Scottish Leaving Certificate Examination, 1954
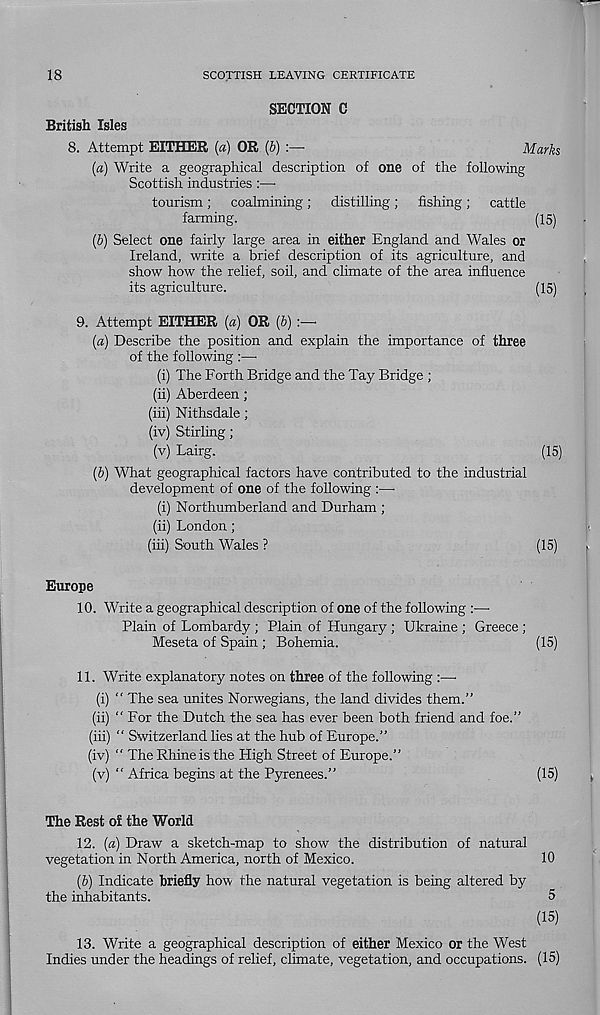
18
SCOTTISH LEAVING CERTIFICATE
British Isles
SECTION C
8. Attempt EITHER (a) OR (b) :—■
Marks
(a) Write a geographical description of one of the following
Scottish industries :—•
tourism; coalmining; distilling; fishing; cattle
farming.
(15)
(b) Select one fairly large area in either England and Wales or
Ireland, write a brief description of its agriculture, and
show how the relief, soil, and climate of the area influence
its agriculture.
(15)
9.
Attempt EITHER (a) OR (b) :—■
(a) Describe the position and explain the importance of three
of the following :—
(i) The Forth Bridge and the Tay Bridge ;
(ii) Aberdeen;
(iii) Nithsdale;
(iv) Stirling;
(v) Lairg.
(15)
(b) What geographical factors have contributed to the industrial
development of one of the following :—
(i) Northumberland and Durham ;
(ii) London;
(iii) South Wales ?
(15)
Europe
10. Write a geographical description of one of the following :—•
Plain of Lombardy ; Plain of Hungary ; Ukraine ; Greece ;
Meseta of Spain ; Bohemia.
(15)
11. Write explanatory notes on three of the following :—
(i) “ The sea unites Norwegians, the land divides them.”
(ii) “ For the Dutch the sea has ever been both friend and foe.”
(iii) “ Switzerland lies at the hub of Europe.”
(iv) “ The Rhine is the High Street of Europe.”
(v) “ Africa begins at the Pyrenees.”
(15)
The Rest of the World
12. (a) Draw a sketch-map to show the distribution of natural
vegetation in North America, north of Mexico.
10
(6) Indicate briefly how the natural vegetation is being altered by
the inhabitants.
5
(15)
13. Write a geographical description of either Mexico or the West
Indies under the headings of relief, climate, vegetation, and occupations. (15)